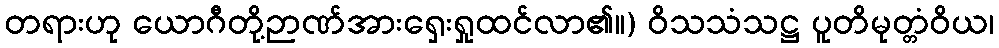
တရားဟု ယောဂီတို့ဉာဏ်အားရှေးရှုထင်လာ၏။) ဝိသသံသဋ္ဌ ပူတိမုတ္တံဝိယ၊